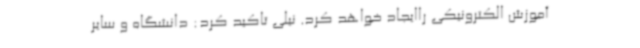
آموزش الکترونیکی راایجاد خواهد کرد. نیلی تاکید کرد: دانشگاه و سایر